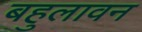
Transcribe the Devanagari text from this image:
बहुलावन